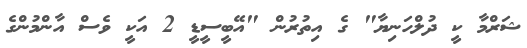
ޝަރްމާ ކީ ދުލްހަނިޔާ" ގެ އިތުރުން "އޭބީސީޑީ 2 އަކީ ވެސް އާންމުންގެ